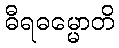
ဓီရဓမ္မောတိ